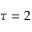
\tau = 2